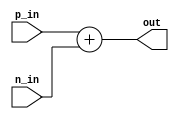
module differential_buffer (
    input wire p_in, // positive input signal
    input wire n_in, // negative input signal
    output reg out // single-ended output signal
);

assign out = p_in + n_in;

endmodule